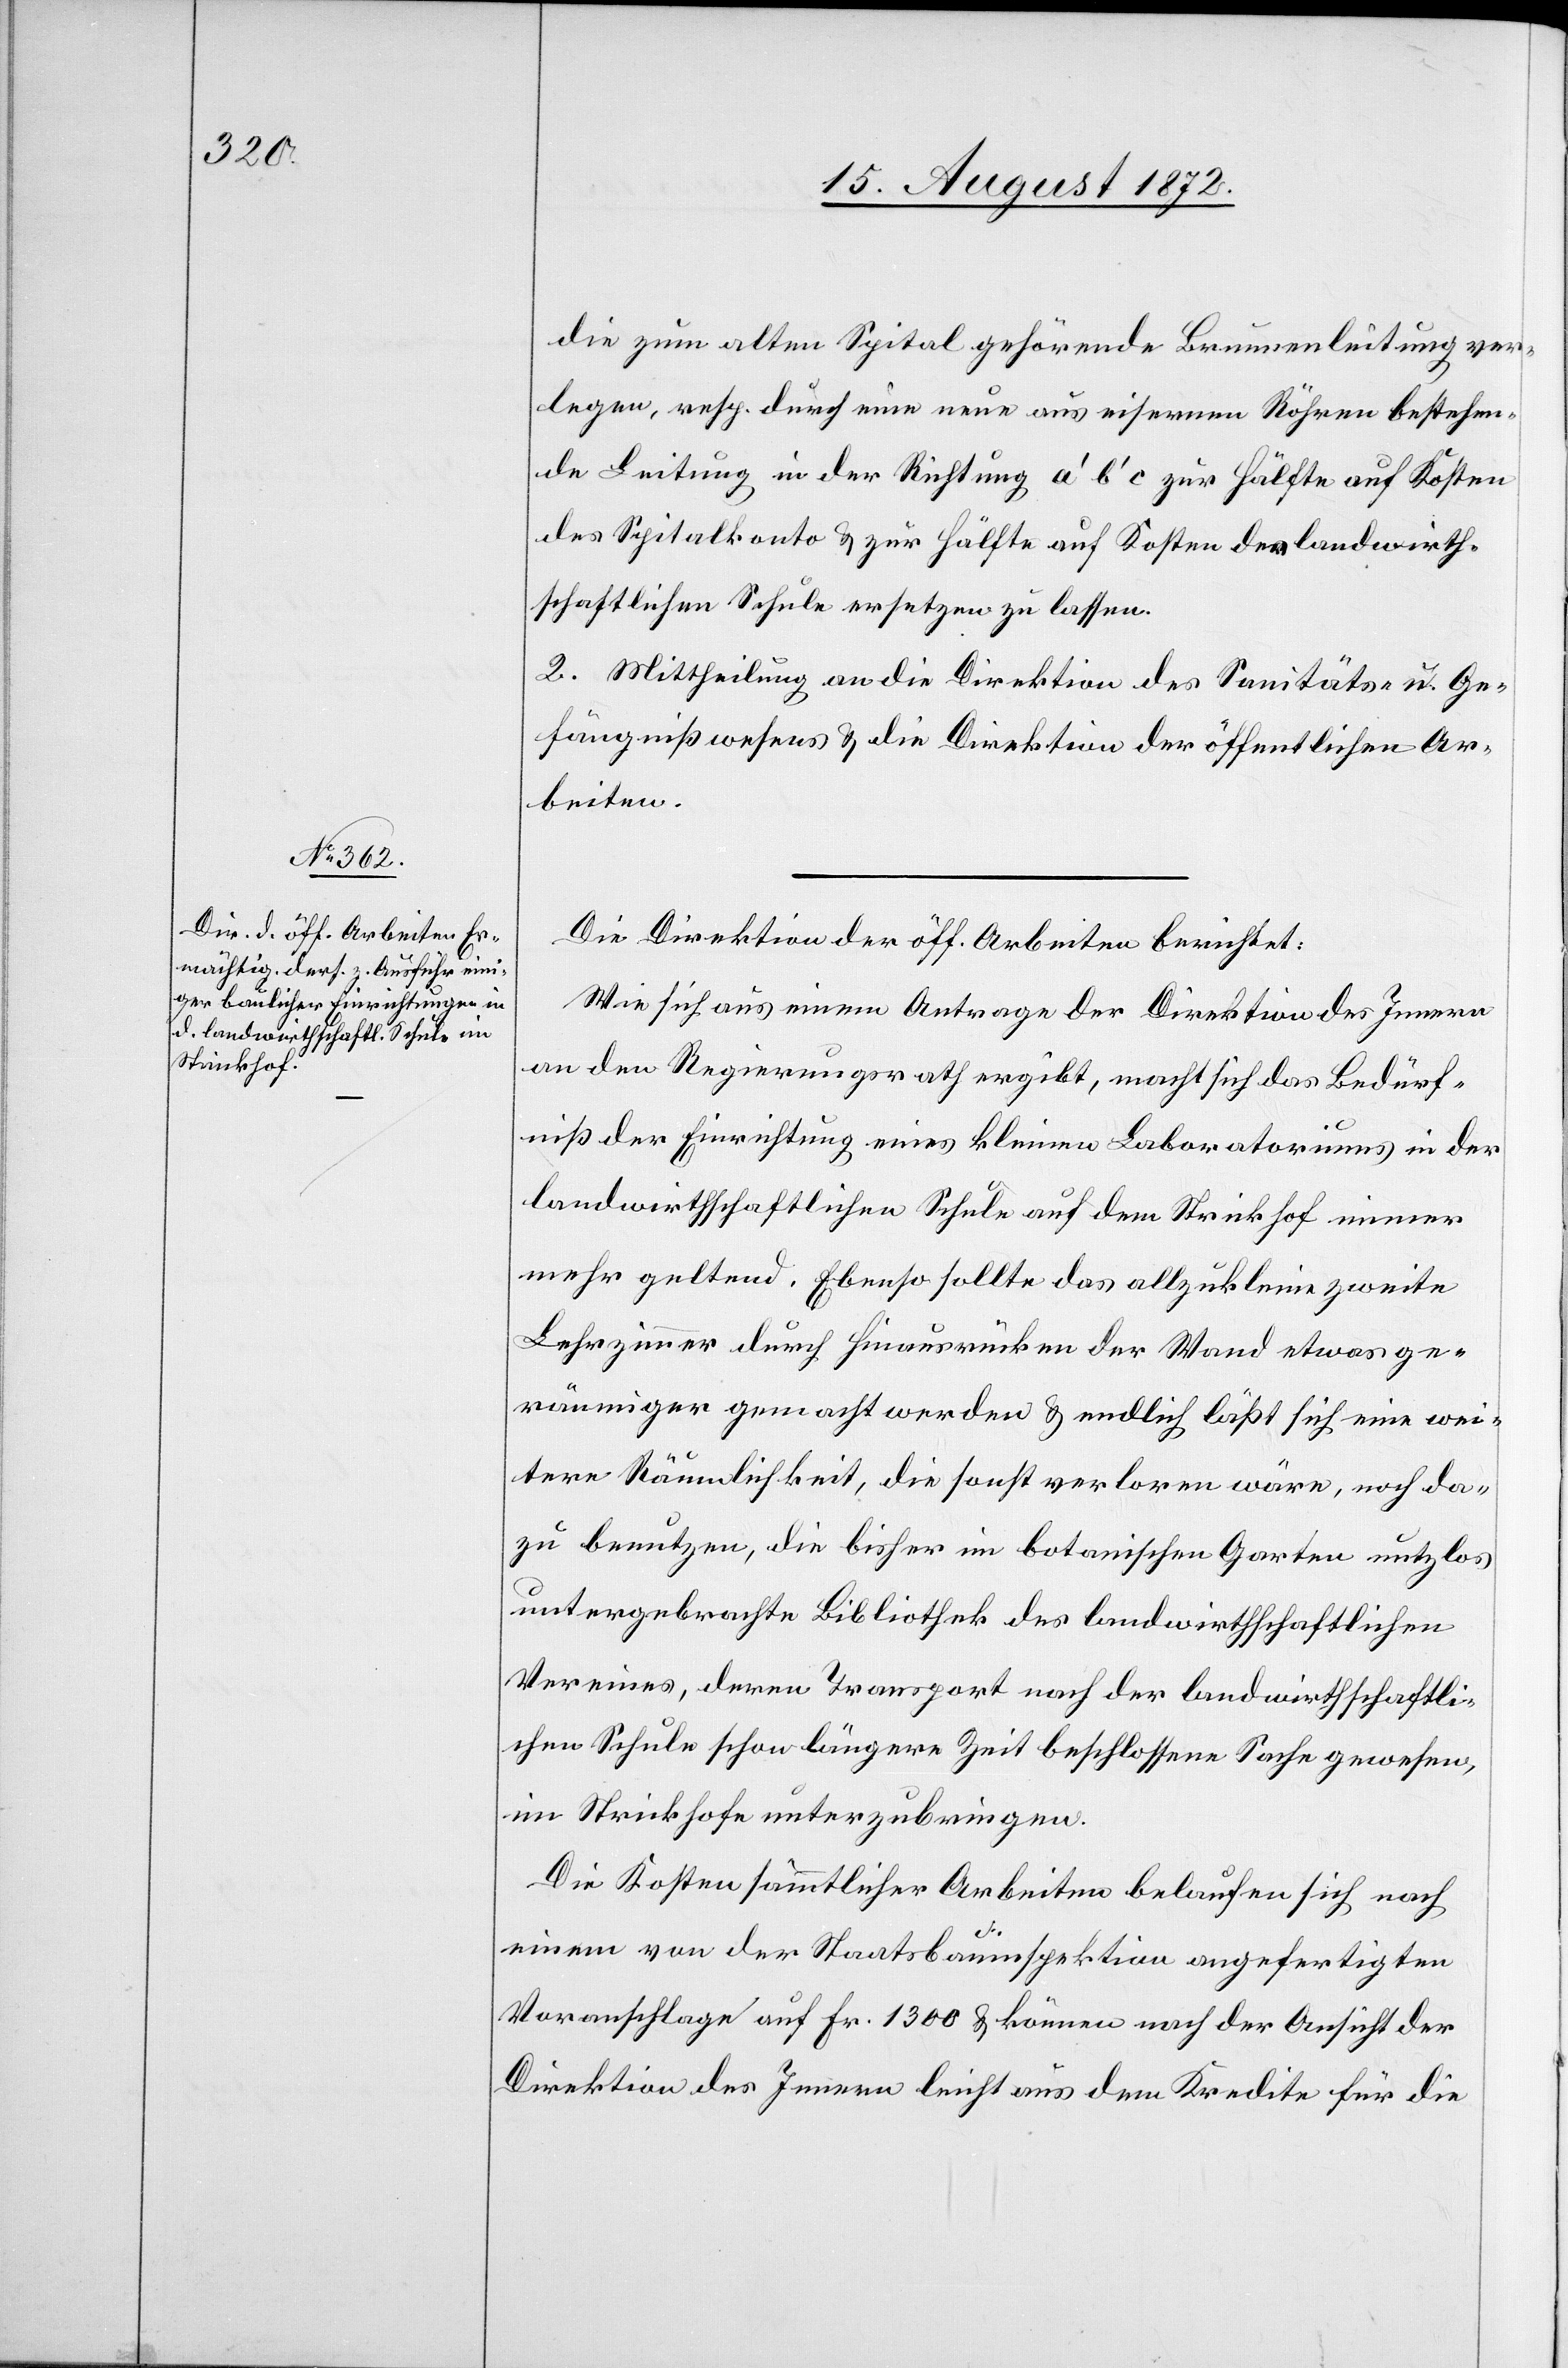
die zum alten Spital gehörende Brunnenleitung ver¬
legen, resp. eine neue aus eisernen Röhren bestehen¬
de Leitung in der Richtung a’ b’ c zur Hälfte auf Kosten
des Spitalkonto u. zur Hälfte auf Kosten der landwirth¬
schaftlichen Schule ersetzen zu lassen.
2. Mittheilung an die Direktion des Sanitäts- u. Ge¬
fängnißwesens u. die Direktion der öffentlichen Ar¬
beiten.
Die Direktion der öff. Arbeiten berichtet:
Wie sich aus einem Antrage der Direktion des Innern
an den Regierungsrath ergibt, macht sich das Bedürf¬
niß der Einrichtung eines kleinen Laboratoriums in der
landwirthschaftlichen Schule auf dem Strickhof immer
mehr geltend. Ebenso sollte das allzukleine zweite
Lehrzimmer durch Hinausrücken der Wand etwas ge¬
räumiger gemacht werden u. endlich läßt sich eine wei¬
tere Räumlichkeit, die sonst verloren wäre, noch da¬
zu benutzen, die bisher im botanischen Garten nutzlos
untergebrachte Bibliothek des landwirthschaftlichen
Vereines, deren Transport nach der landwirthschaftli¬
chen Schule schon längere Zeit beschlossene Sache gewesen,
im Strickhofe unterzubringen.
Die Kosten sämmtlicher Arbeiten belaufen sich nach
einem von der Staatsbauinspektion angefertigten
Voranschlage auf Fr. 1300 u. können nach der Ansicht der
Direktion des Innern leicht aus dem Kredite für die